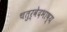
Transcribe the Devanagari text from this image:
चतुर्वेदभाष्य